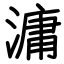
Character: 滽